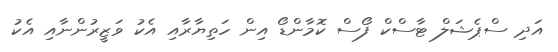
އަދި ސްޕެޝަލް ޓާސްކް ފޯސް ކޮމާންޑޯ އިން ހަތިޔާރާއި އެކު ވަޒީރުންނާއި އެކު